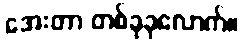
အေးတာ တစ်ခုခုလောက်။